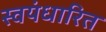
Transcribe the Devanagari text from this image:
स्वयंधारित